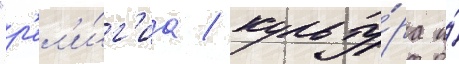
"р'ел'и́г'иа / культу́ра и́